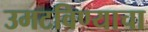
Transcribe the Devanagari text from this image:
उमटविण्याचा